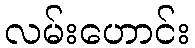
လမ်းဟောင်း